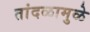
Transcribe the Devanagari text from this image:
तांदळामुळे